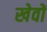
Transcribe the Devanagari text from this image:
खेवों